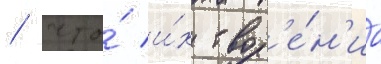
/ что́ и́х твор'е́н'иа